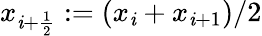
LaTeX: x_{\mathit{i}+\frac{1}{2}}:=(x_{\mathit{i}}+x_{\mathit{i}+1})/2